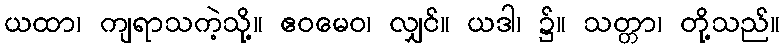
ယထာ၊ ကျရာသကဲ့သို့။ ဧဝမေဝ၊ လျှင်။ ယဒါ၊ ၌။ သတ္တာ၊ တို့သည်။